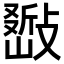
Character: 𢿚